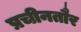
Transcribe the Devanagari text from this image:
प्रचीनतौर